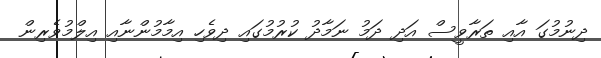
ދިނުމުގަ އާއި ތަރާވީސް އަދި ދަމު ނަމާދު ކުރުމުގައި ދިވެހި އިމާމުންނާއި އިލްމުވެރިން